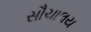
સૌચાલય